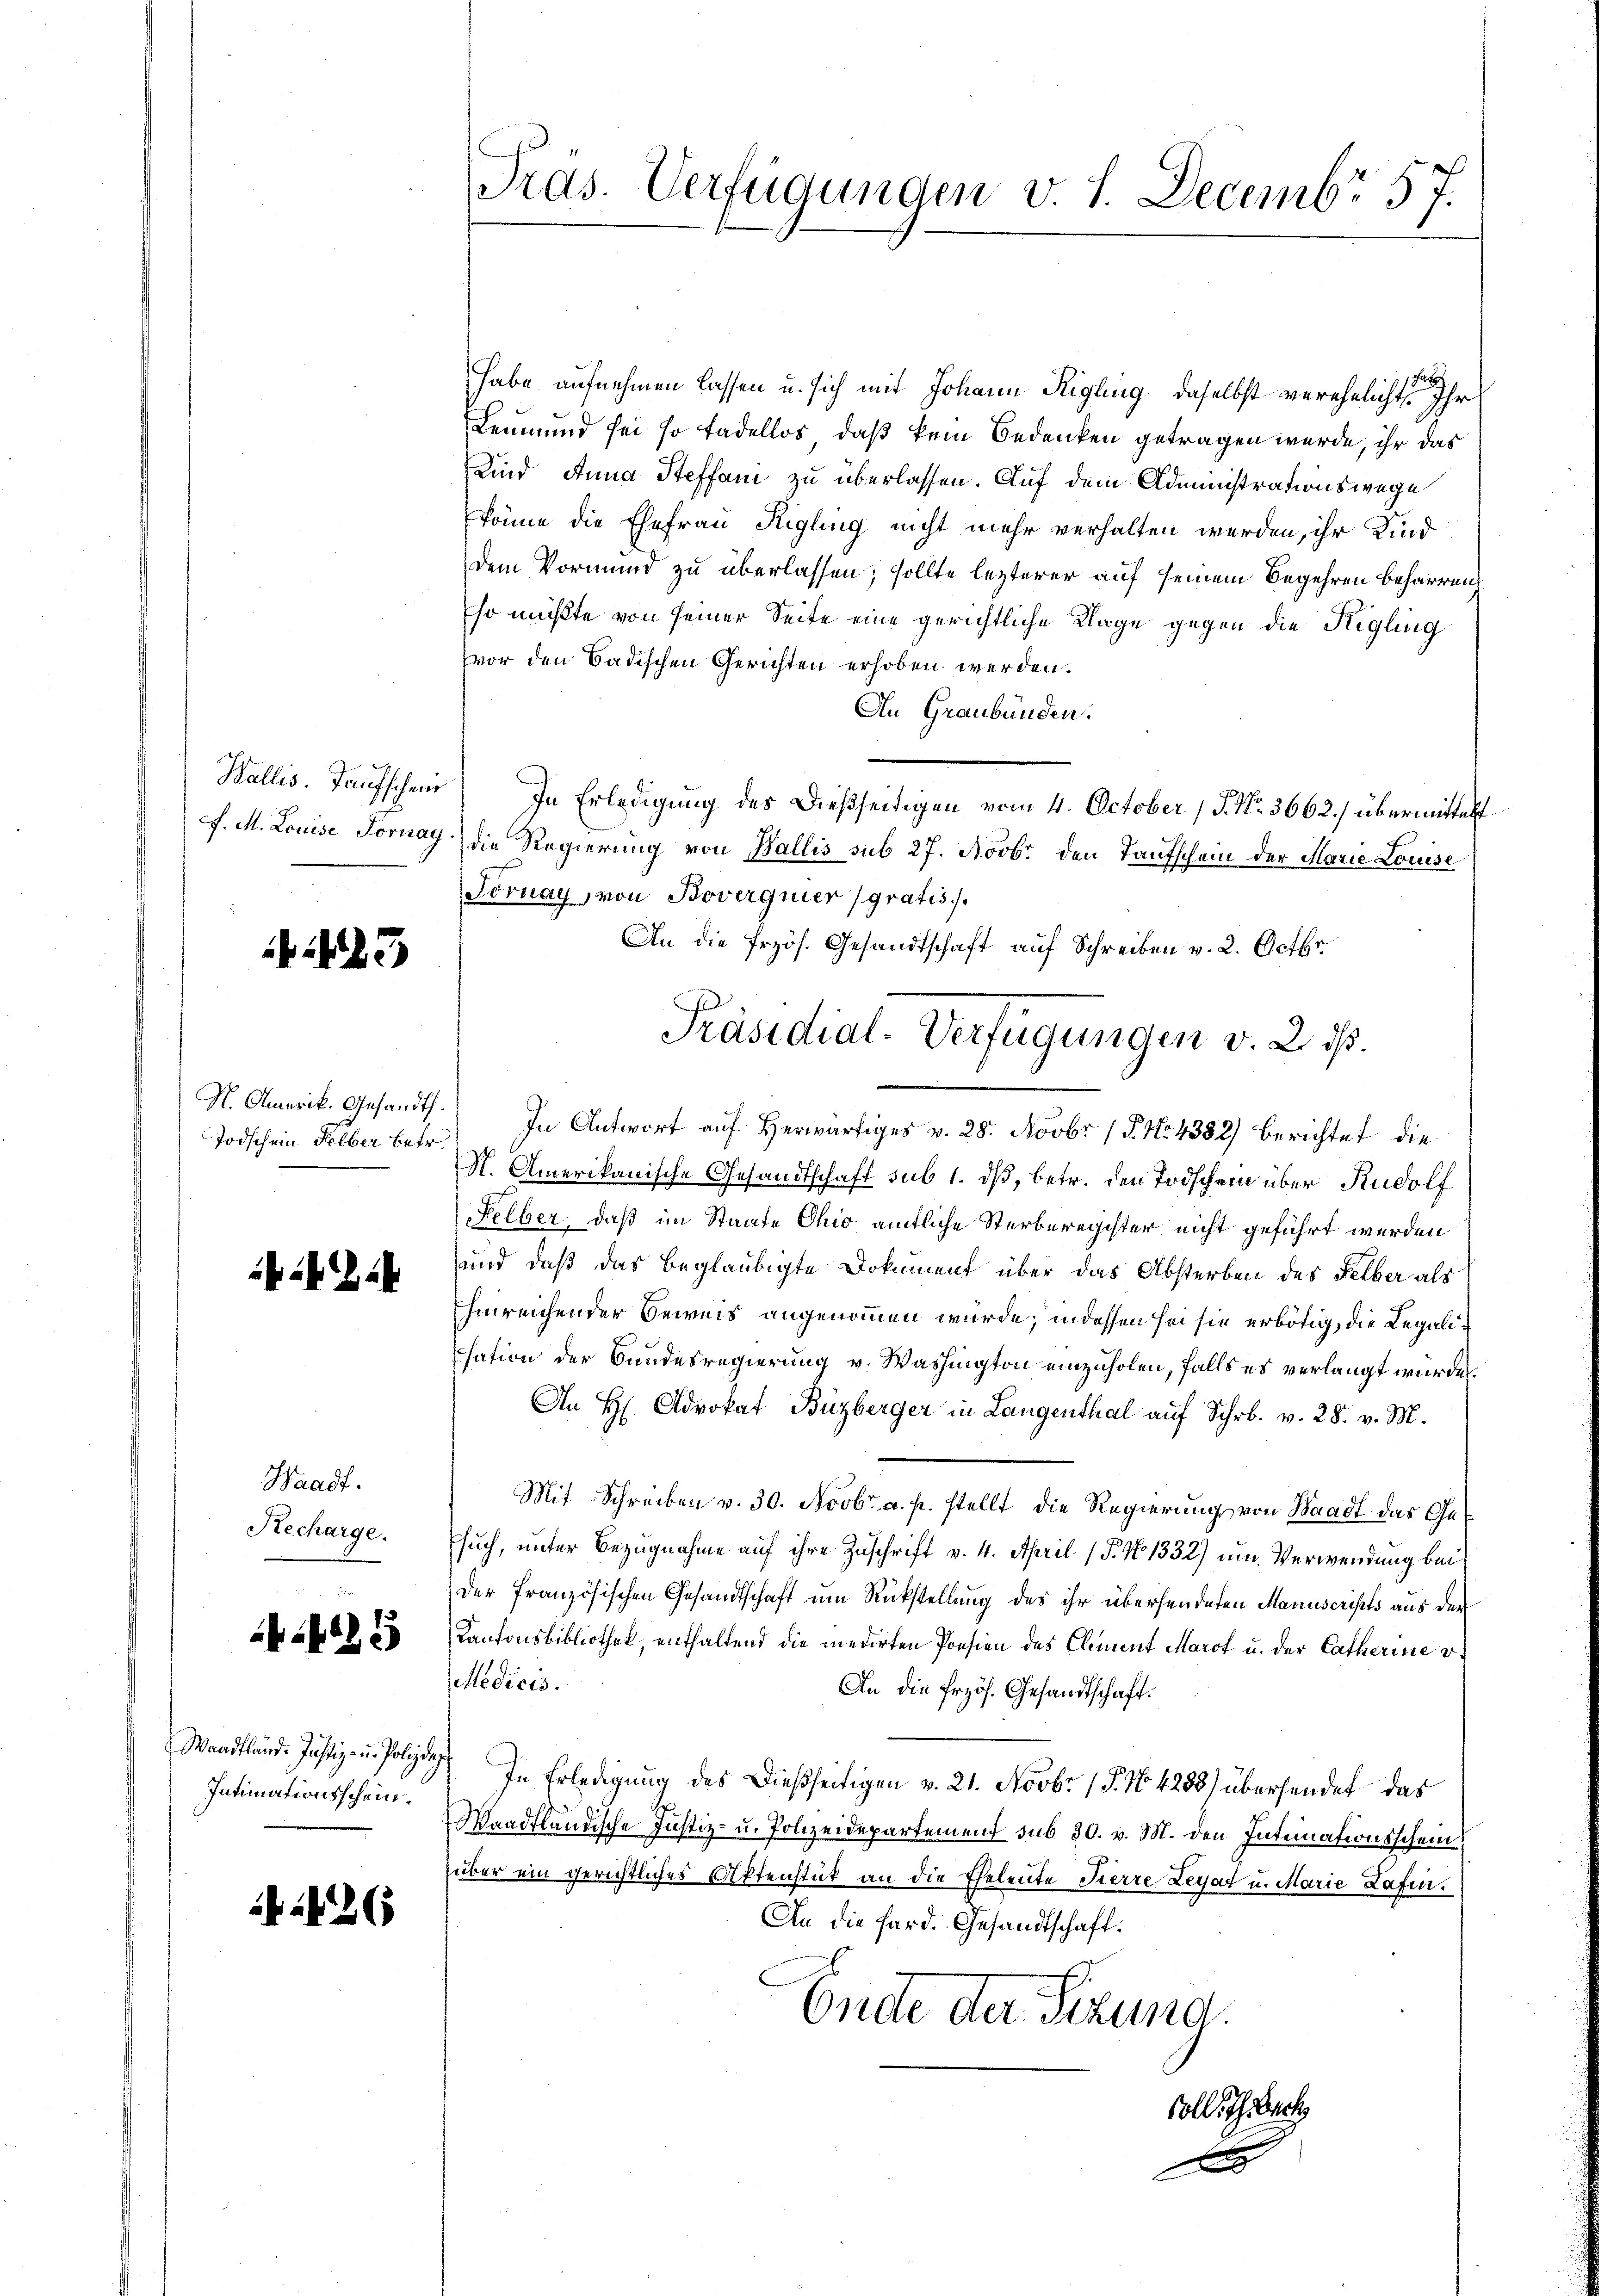
Wallis. Taufschein

123

Todschein selber betr.

ib ab

Waadt.
Recharge.

5

Waadtländ. Justiz- u. Polize¬
Intimationsschein.

:426

Tras. Verfügungen v. 1. Decembr 57.

habe aufnehmen lassen u. sich mit Johann Rigling, daselbst verehelicht Ihr
Leumund sei so tadellos, daß kein Bedenken getragen werde, ihr das
Kind Anna Steffan zu überlassen. Auf dem Administrationswege
könne die Ehefrau Rigling nicht mehr verhalten werden, ihr Kind
dem Vormund zu überlassen; sollte lezterer auf seinem Begehren beharren
so müßte von seiner Seite eine gerichtliche Klage gegen die Higling
vor den Badischen Gerichten erhoben werden.
An Graubünden.
In Erledigung des dießseitigen vom 4. October (S. Nr. 3662) übermittelst
F. M. Louise Fornay) die Regierung von Wallis sub 27. Novbr. den Taufschein der Marie Louise
Fornay, von Boverguier gratis
An die frzös. Gesandtschaft auf Schreiben v. 2. Octbr
N. Amerikanische Gesandtschaft sub 1. dß, betr. den Todschein über Rudolf
Felber, daß im Staate Chi amtliche Sterberegister nicht geführt werden
und daß das beglaubigte Dokument über das Absterben des Selber als
hinreichender Beweis angenommen würde; indessen sei sie erbötig, die Legalisation der Bundesregierung v. Washington einzuholen, falls es verlangt würde.
An H Advokat Büzberger in Langenthal auf Schr. v. 28. v. M.
Mit Schreiben v. 30. Novbr. a. p. stellt die Regierung von Waadt das Ge¬
Esuch, unter Bezugnahme auf ihre Zuschrift v. 4. April (T. No 1332) um Verwendung bei
der französischen Gesandtschaft um Rückstellung des ihr überhendeten Manuscripts aus der
Kantonsbibliothek, enthaltend die medirten Poesien des Clement Marot u. der Catherine v
Medicis.
An die Erzös. Gesandtschaft.
2. In Erledigung des dießseitigen v. 21. Novbr. 15. No 4288) übersendet das
Waadtländische Justiz- u. Polizeidepartement sub 30. v. M. den Intimationsschein
über ein gerichtliches Aktenstück an die Eheleute Fierre Legat u. Marie Hafen.
An die Hard. Gesandtschaft.
Oncte der Sitzung.
soll ich back
A

Präsidial-Verfügungen v. 2. ß.
H. Amerik. Gesandt. In Antwort auf Herwärtiges v. 28. Novbr. 15. No. 4382) berichtet die